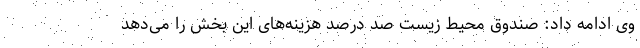
وی ادامه داد: صندوق محیط زیست صد درصد هزینه‌های این بخش را می‌دهد